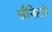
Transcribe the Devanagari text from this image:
सीनेटने